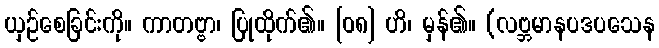
ယှဉ်စေခြင်းကို။ ကာတဗ္ဗာ၊ ပြုထိုက်၏။ [၀၈] ဟိ၊ မှန်၏။ (လဗ္ဘမာနပဒပသေန